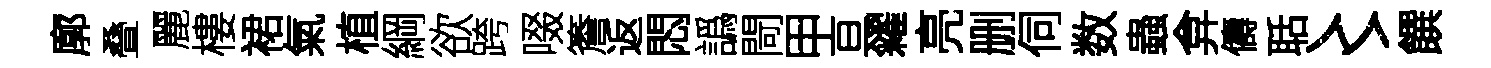
廓叠麗樓裙氣植綱欲跨啜簷返悶譌閜甲亘糴亮删伺数蟲弇儔聒〻饌